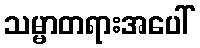
သမ္မာတရားအပေါ်